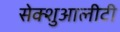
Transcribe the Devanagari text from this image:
सेक्शुआलीटी